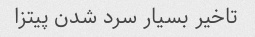
تاخیر بسیار سرد شدن پیتزا